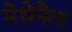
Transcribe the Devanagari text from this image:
मेथेनैल